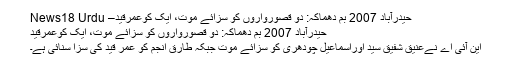
حیدرآباد 2007 بم دھماکہ: دو قصورواروں کو سزائے موت، ایک کوعمرقید– News18 Urdu
حیدرآباد 2007 بم دھماکہ: دو قصورواروں کو سزائے موت، ایک کوعمرقید
این آئی اے نےعنیق شفیق سید اوراسماعیل چودھری کو سزائے موت جبکہ طارق انجم کو عمر قید کی سزا سنائی ہے۔